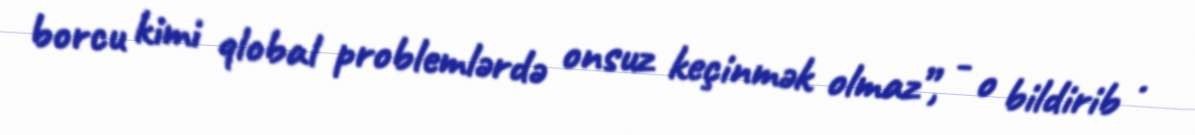
borcu kimi qlobal problemlərdə onsuz keçinmək olmaz”, - o bildirib .